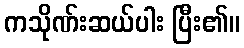
ကသိုဏ်းဆယ်ပါး ပြီး၏။